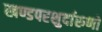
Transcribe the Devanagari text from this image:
खण्डपरशुर्दारुणो